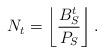
\begin{align*}N_t = \left\lfloor \frac{B_S^t}{P_S} \right\rfloor.\end{align*}